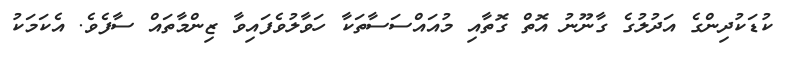
ކުޑަކުދިންގެ އަދުލުގެ ގާނޫނު އޮތް ގޮތާއި މުއައްސަސާތަކާ ހަވާލުވެފައިވާ ޒިންމާތައް ސާފެވެ. އެކަމަކު